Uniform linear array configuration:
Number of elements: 64
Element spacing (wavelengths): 0.5
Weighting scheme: uniform
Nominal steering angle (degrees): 60
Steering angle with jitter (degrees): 61.44
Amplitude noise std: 0.05
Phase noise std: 0.05

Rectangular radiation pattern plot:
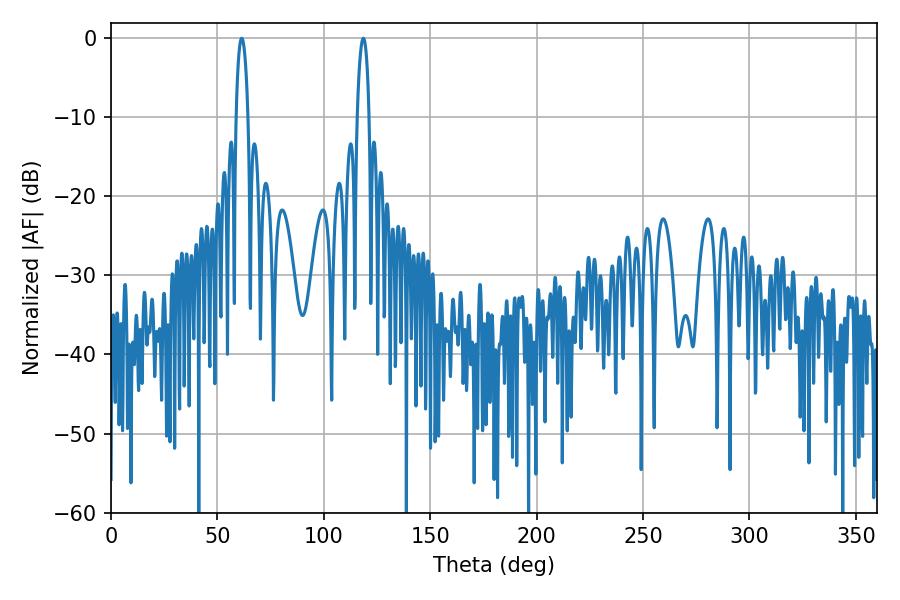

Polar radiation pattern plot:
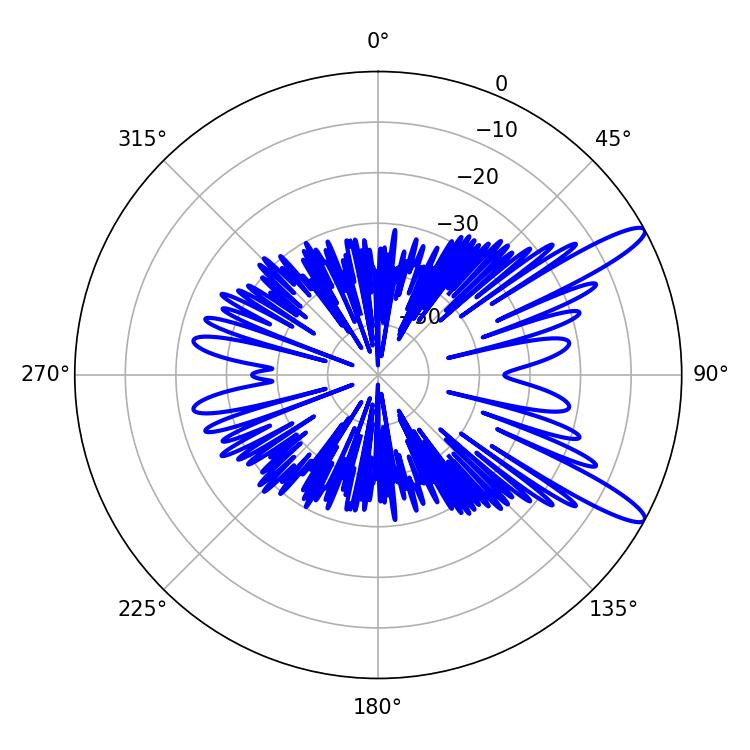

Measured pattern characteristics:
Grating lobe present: FALSE
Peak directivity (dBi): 12.512
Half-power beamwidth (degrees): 3.06
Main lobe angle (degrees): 61.38